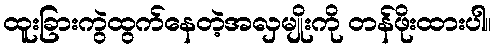
ထူးခြားကွဲထွက်နေတဲ့အလှမျိုးကို တန်ဖိုးထားပါ။